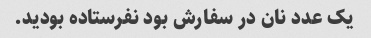
یک عدد نان در سفارش بود نفرستاده بودید.